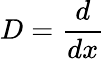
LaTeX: D={\frac{d}{dx}}